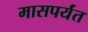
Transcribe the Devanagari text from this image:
मासपर्यंत